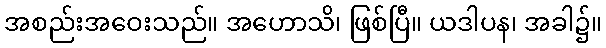
အစည်းအဝေးသည်။ အဟောသိ၊ ဖြစ်ပြီ။ ယဒါပန၊ အခါ၌။